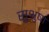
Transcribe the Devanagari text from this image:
सुश्रुषा